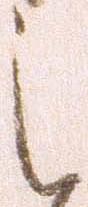
之